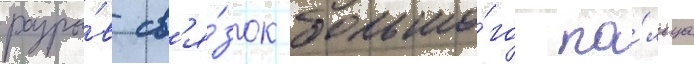
разры́в св'я́зок большо́го па́льца